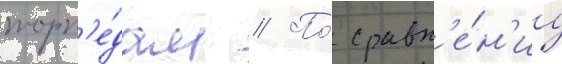
торп'е́дам // По́ сравн'е́н'иу